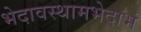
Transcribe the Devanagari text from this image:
भेदावस्थामभेदाभं